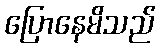
ပြောနေမိသည်